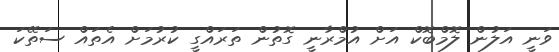
ވަނީ އަލުން ލޮމްބޮކް އަށް އުމްރާނީ ގޮތުން ތަރައްގީ ކުރުމަށް އެތައް ސަތޭކަ